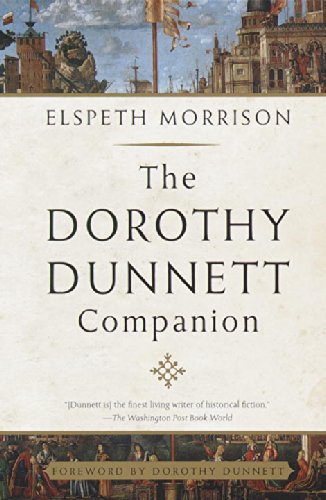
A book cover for The Dorothy Dunnett Companion; Elspeth Morrison; Literature & Fiction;